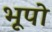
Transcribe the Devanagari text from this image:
भूपो